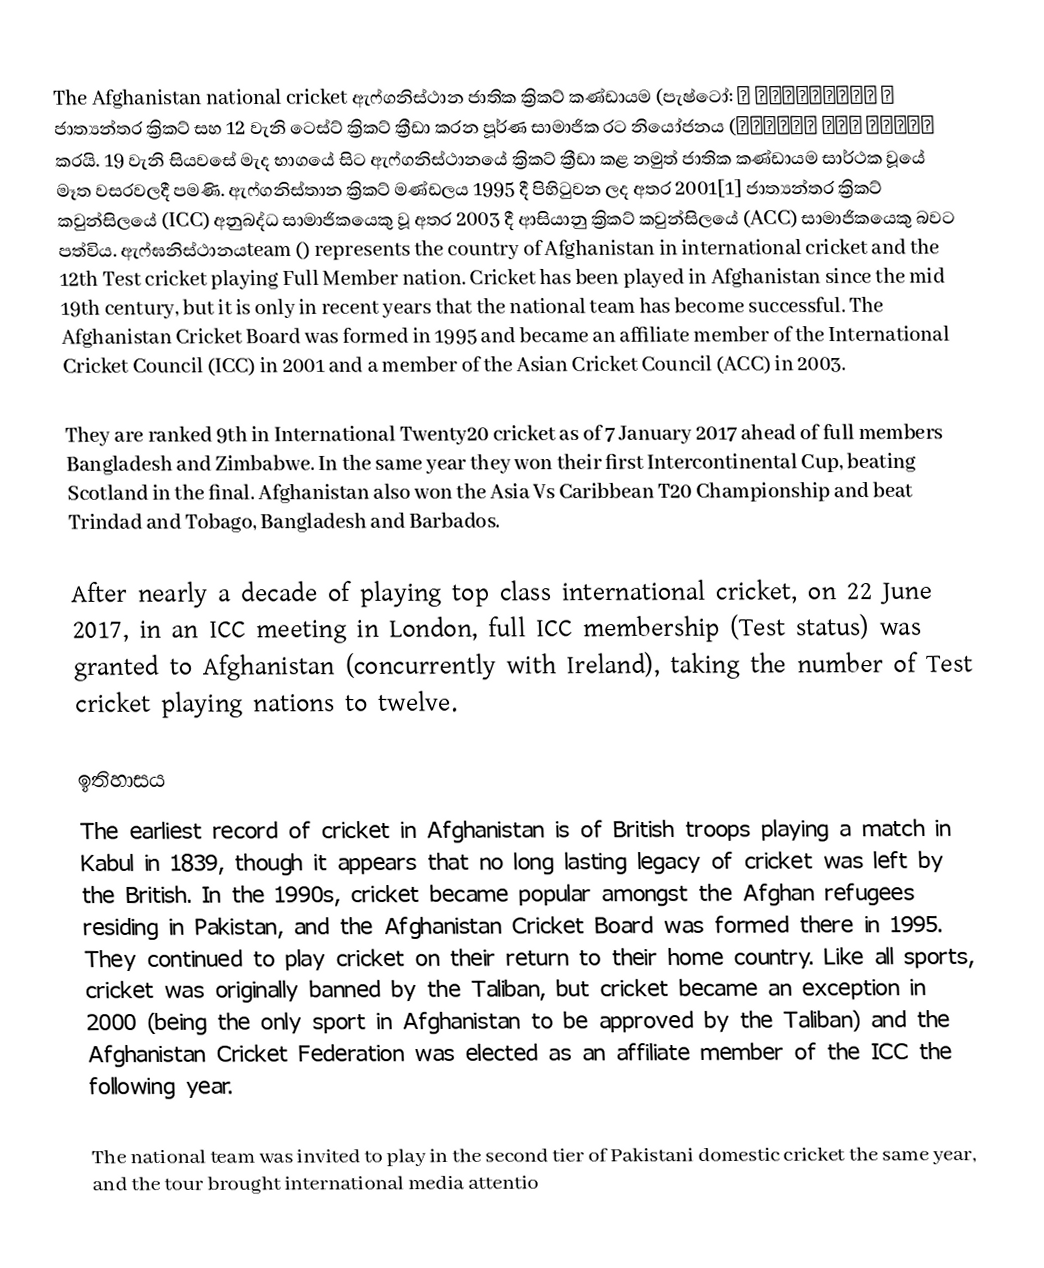
The Afghanistan national cricket ඇෆ්ගනිස්ථාන ජාතික ක්‍රිකට් කණ්ඩායම (පැෂ්ටෝ: د افغانستان د کريکټ ملي لوبډله) ජාත්‍යන්තර ක්‍රිකට් සහ 12 වැනි ටෙස්ට් ක්‍රිකට් ක්‍රීඩා කරන පූර්ණ සාමාජික රට නියෝජනය කරයි. 19 වැනි සියවසේ මැද භාගයේ සිට ඇෆ්ගනිස්ථානයේ ක්‍රිකට් ක්‍රීඩා කළ නමුත් ජාතික කණ්ඩායම සාර්ථක වූයේ මෑත වසරවලදී පමණි. ඇෆ්ගනිස්තාන ක්‍රිකට් මණ්ඩලය 1995 දී පිහිටුවන ලද අතර 2001[1] ජාත්‍යන්තර ක්‍රිකට් කවුන්සිලයේ (ICC) අනුබද්ධ සාමාජිකයෙකු වූ අතර 2003 දී ආසියානු ක්‍රිකට් කවුන්සිලයේ (ACC) සාමාජිකයෙකු බවට පත්විය. ඇෆ්ඝනිස්ථානයteam () represents the country of Afghanistan in international cricket and the 12th Test cricket playing Full Member nation. Cricket has been played in Afghanistan since the mid 19th century, but it is only in recent years that the national team has become successful. The Afghanistan Cricket Board was formed in 1995 and became an affiliate member of the International Cricket Council (ICC) in 2001 and a member of the Asian Cricket Council (ACC) in 2003.

They are ranked 9th in International Twenty20 cricket as of 7 January 2017 ahead of full members Bangladesh and Zimbabwe. In the same year they won their first Intercontinental Cup, beating Scotland in the final. Afghanistan also won the Asia Vs Caribbean T20 Championship and beat Trindad and Tobago, Bangladesh and Barbados.

After nearly a decade of playing top class international cricket, on 22 June 2017, in an ICC meeting in London, full ICC membership (Test status) was granted to Afghanistan (concurrently with Ireland), taking the number of Test cricket playing nations to twelve.

ඉතිහාසය
The earliest record of cricket in Afghanistan is of British troops playing a match in Kabul in 1839, though it appears that no long lasting legacy of cricket was left by the British. In the 1990s, cricket became popular amongst the Afghan refugees residing in Pakistan, and the Afghanistan Cricket Board was formed there in 1995. They continued to play cricket on their return to their home country. Like all sports, cricket was originally banned by the Taliban, but cricket became an exception in 2000 (being the only sport in Afghanistan to be approved by the Taliban) and the Afghanistan Cricket Federation was elected as an affiliate member of the ICC the following year.

The national team was invited to play in the second tier of Pakistani domestic cricket the same year, and the tour brought international media attentio